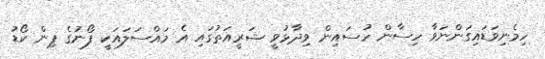
ހިމެނިވަޑައިގަންނަވާ ހިސާން ހުސައިން ވިދާޅުވީ ޝަރީއަތުގައި އެ މައްސަލައަކީ ފޯނުގެ ޕިން ކޯޑު